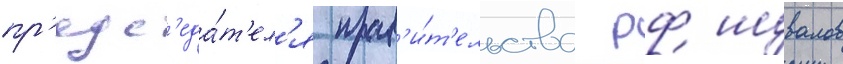
пр'едс'еда́т'ел'я прав'и́т'ельства рф шувалов